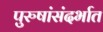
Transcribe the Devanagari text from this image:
पुरुषांसंदर्भात